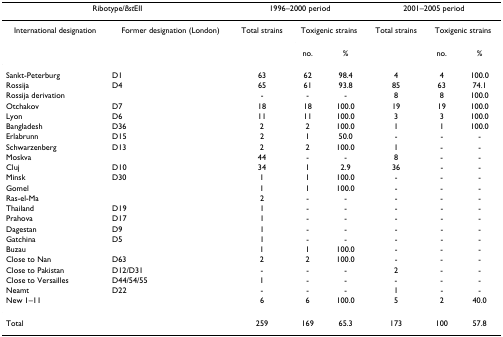
| <COLSPAN=2> Ribotype/BstEII | <COLSPAN=3> 1996–2000 period | <COLSPAN=3> 2001–2005 period |
 | --- | --- | --- | --- | --- | --- | --- | --- |
 | International designation | Former designation (London) | Total strains | <COLSPAN=2> Toxigenic strains | Total strains | <COLSPAN=2> Toxigenic strains |
 |  |  |  | no. | % |  | no. | % |
 | Sankt-Peterburg | D1 | 63 | 62 | 98.4 | 4 | 4 | 100.0 |
 | Rossija | D4 | 65 | 61 | 93.8 | 85 | 63 | 74.1 |
 | Rossija derivation |  | - | - | - | 8 | 8 | 100.0 |
 | Otchakov | D7 | 18 | 18 | 100.0 | 19 | 19 | 100.0 |
 | Lyon | D6 | 11 | 11 | 100.0 | 3 | 3 | 100.0 |
 | Bangladesh | D36 | 2 | 2 | 100.0 | 1 | 1 | 100.0 |
 | Erlabrunn | D15 | 2 | 1 | 50.0 | - | - | - |
 | Schwarzenberg | D13 | 2 | 2 | 100.0 | 1 | - | - |
 | Moskva |  | 44 | - | - | 8 | - | - |
 | Cluj | D10 | 34 | 1 | 2.9 | 36 | - | - |
 | Minsk | D30 | 1 | 1 | 100.0 | - | - | - |
 | Gomel |  | 1 | 1 | 100.0 | - | - | - |
 | Ras-el-Ma |  | 2 | - | - | - | - | - |
 | Thailand | D19 | 1 | - | - | - | - | - |
 | Prahova | D17 | 1 | - | - | - | - | - |
 | Dagestan | D9 | 1 | - | - | - | - | - |
 | Gatchina | D5 | 1 | - | - | - | - | - |
 | Buzau |  | 1 | 1 | 100.0 | - | - | - |
 | Close to Nan | D63 | 2 | 2 | 100.0 | - | - | - |
 | Close to Pakistan | D12/D31 | - | - | - | 2 | - | - |
 | Close to Versailles | D44/54/55 | 1 | - | - | - | - | - |
 | Neamt | D22 | - | - | - | 1 | - | - |
 | New 1–11 |  | 6 | 6 | 100.0 | 5 | 2 | 40.0 |
 | Total |  | 259 | 169 | 65.3 | 173 | 100 | 57.8 |